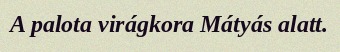
A palota virágkora Mátyás alatt.